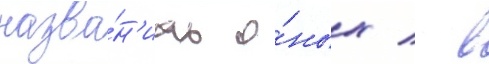
назва́н'иах о́ных / в